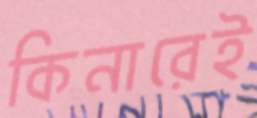
কিনারেই